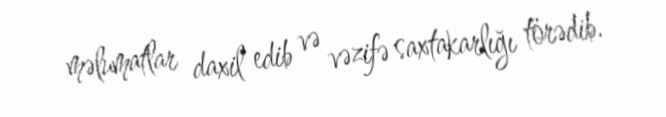
məlumatlar daxil edib və vəzifə saxtakarlığı törədib.